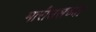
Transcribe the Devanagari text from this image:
मारीउसच्या